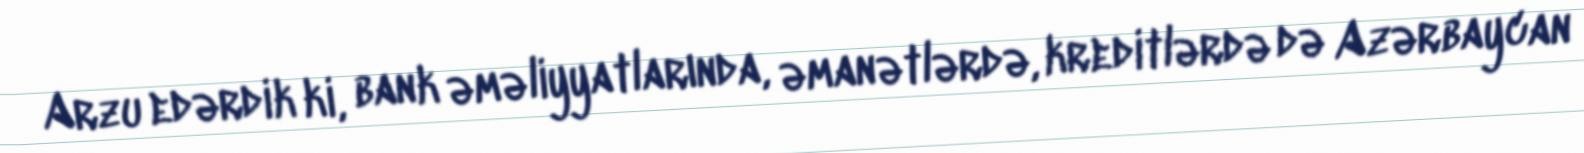
Arzu edərdik ki, bank əməliyyatlarında, əmanətlərdə, kreditlərdə də Azərbaycan